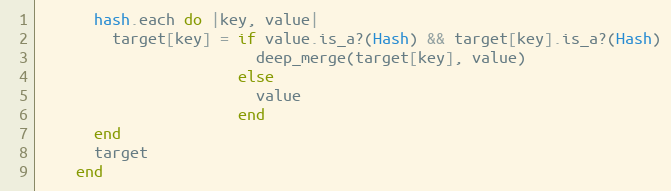
Language: Ruby
      hash.each do |key, value|
        target[key] = if value.is_a?(Hash) && target[key].is_a?(Hash)
                        deep_merge(target[key], value)
                      else
                        value
                      end
      end
      target
    end